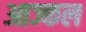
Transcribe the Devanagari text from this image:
आज्कल